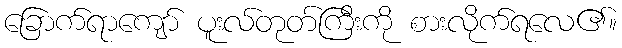
ခြောက်ရာကျော် ပူးလ်တုတ်ကြီးကို စားလိုက်ရလေ၏။